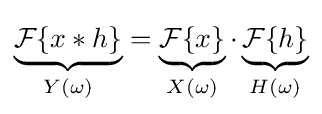
\underbrace {{\mathcal {F}}\{x*h\}} _{Y(\omega )}=\underbrace {{\mathcal {F}}\{x\}} _{X(\omega )}\cdot \underbrace {{\mathcal {F}}\{h\}} _{H(\omega )}